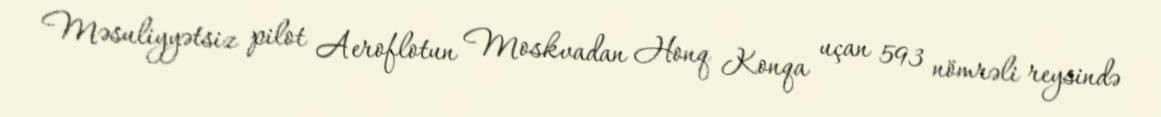
Məsuliyyətsiz pilot Aeroflotun Moskvadan Honq Konqa uçan 593 nömrəli reysində